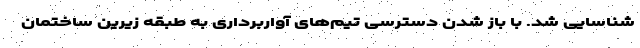
شناسایی شد. با باز شدن دسترسی تیم‌های آواربرداری به طبقه زیرین ساختمان